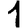
Digit: 1